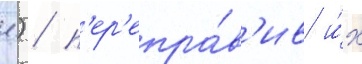
л.) / п'ер'епра́в'ив и́х